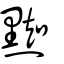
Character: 𪑜